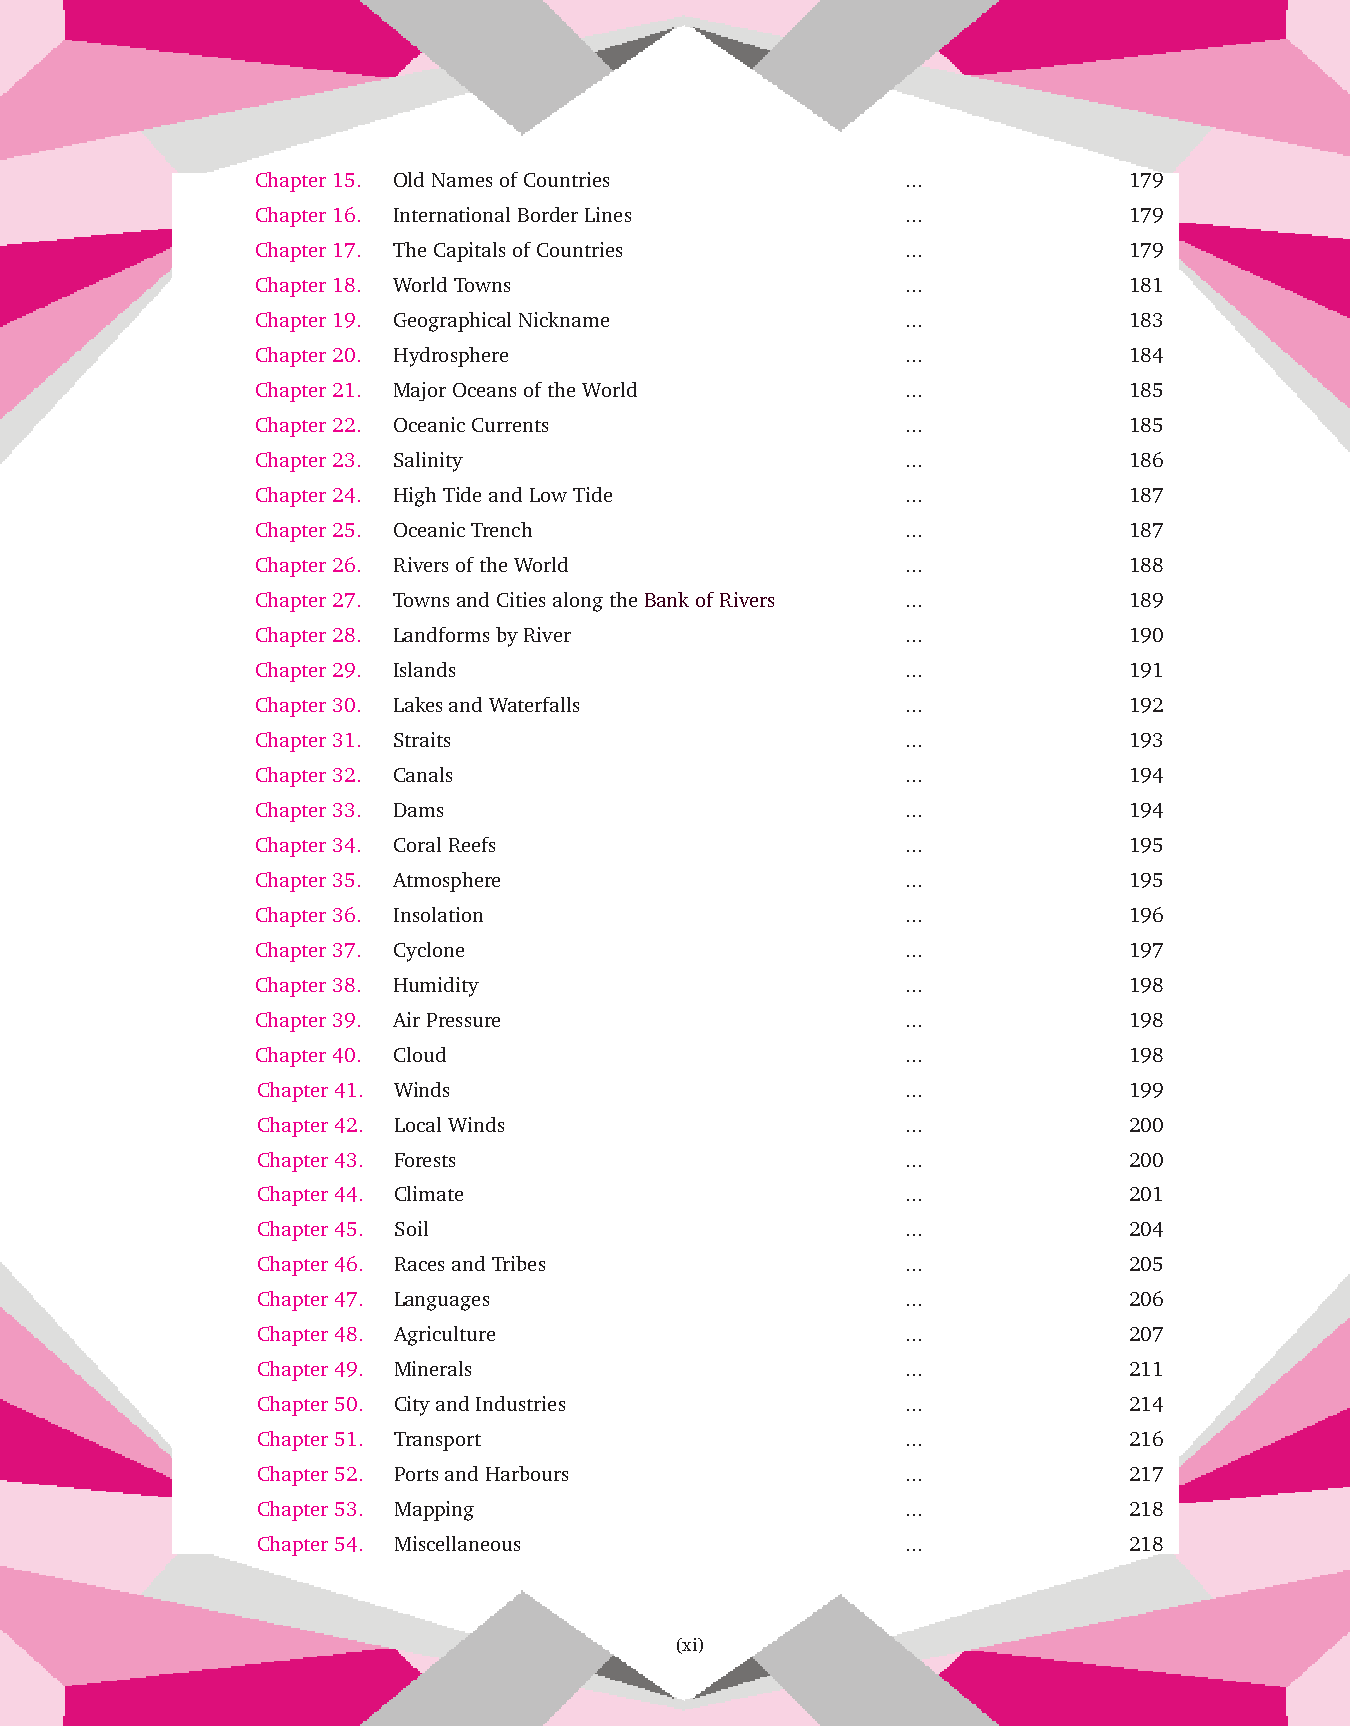
Chapter 15. Old Names of Countries         ...            179
 Chapter 16. International Border Lines     ...            179
 Chapter 17. The Capitals of Countries      ...            179
 Chapter 18. World Towns                    ...            181
 Chapter 19. Geographical Nickname          ...            183
 Chapter 20. Hydrosphere                    ...            184
 Chapter 21. Major Oceans of the World      ...            185
 Chapter 22. Oceanic Currents               ...            185
 Chapter 23. Salinity                       ...            186
 Chapter 24. High Tide and Low Tide         ...            187
 Chapter 25. Oceanic Trench                 ...            187
 Chapter 26. Rivers of the World            ...            188
 Chapter 27. Towns and Cities along the Bank of Rivers ... 189
 Chapter 28. Landforms by River             ...            190
 Chapter 29. Islands                        ...            191
 Chapter 30. Lakes and Waterfalls           ...            192
 Chapter 31. Straits                        ...            193
 Chapter 32. Canals                         ...            194
 Chapter 33. Dams                           ...            194
 Chapter 34. Coral Reefs                    ...            195
 Chapter 35. Atmosphere                     ...            195
 Chapter 36. Insolation                     ...            196
 Chapter 37. Cyclone                        ...            197
 Chapter 38. Humidity                       ...            198
 Chapter 39. Air Pressure                   ...            198
 Chapter 40. Cloud                          ...            198
 Chapter 41. Winds                          ...            199
 Chapter 42. Local Winds                    ...            200
 Chapter 43. Forests                        ...            200
 Chapter 44. Climate                        ...            201
 Chapter 45. Soil                           ...            204
 Chapter 46. Races and Tribes               ...            205
 Chapter 47. Languages                      ...            206
 Chapter 48. Agriculture                    ...            207
 Chapter 49. Minerals                       ...            211
 Chapter 50. City and Industries            ...            214
 Chapter 51. Transport                      ...            216
 Chapter 52. Ports and Harbours             ...            217
 Chapter 53. Mapping                        ...            218
 Chapter 54. Miscellaneous                  ...            218
 (xi)